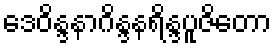
ဒေဝိန္ဒနာဂိန္ဒနရိန္ဒပူဇိတော